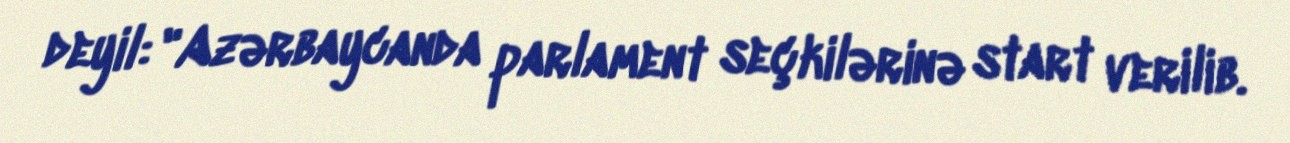
deyil: "Azərbaycanda parlament seçkilərinə start verilib.